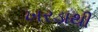
ખરડાથી